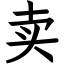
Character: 卖